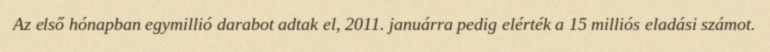
Az első hónapban egymillió darabot adtak el, 2011. januárra pedig elérték a 15 milliós eladási számot.